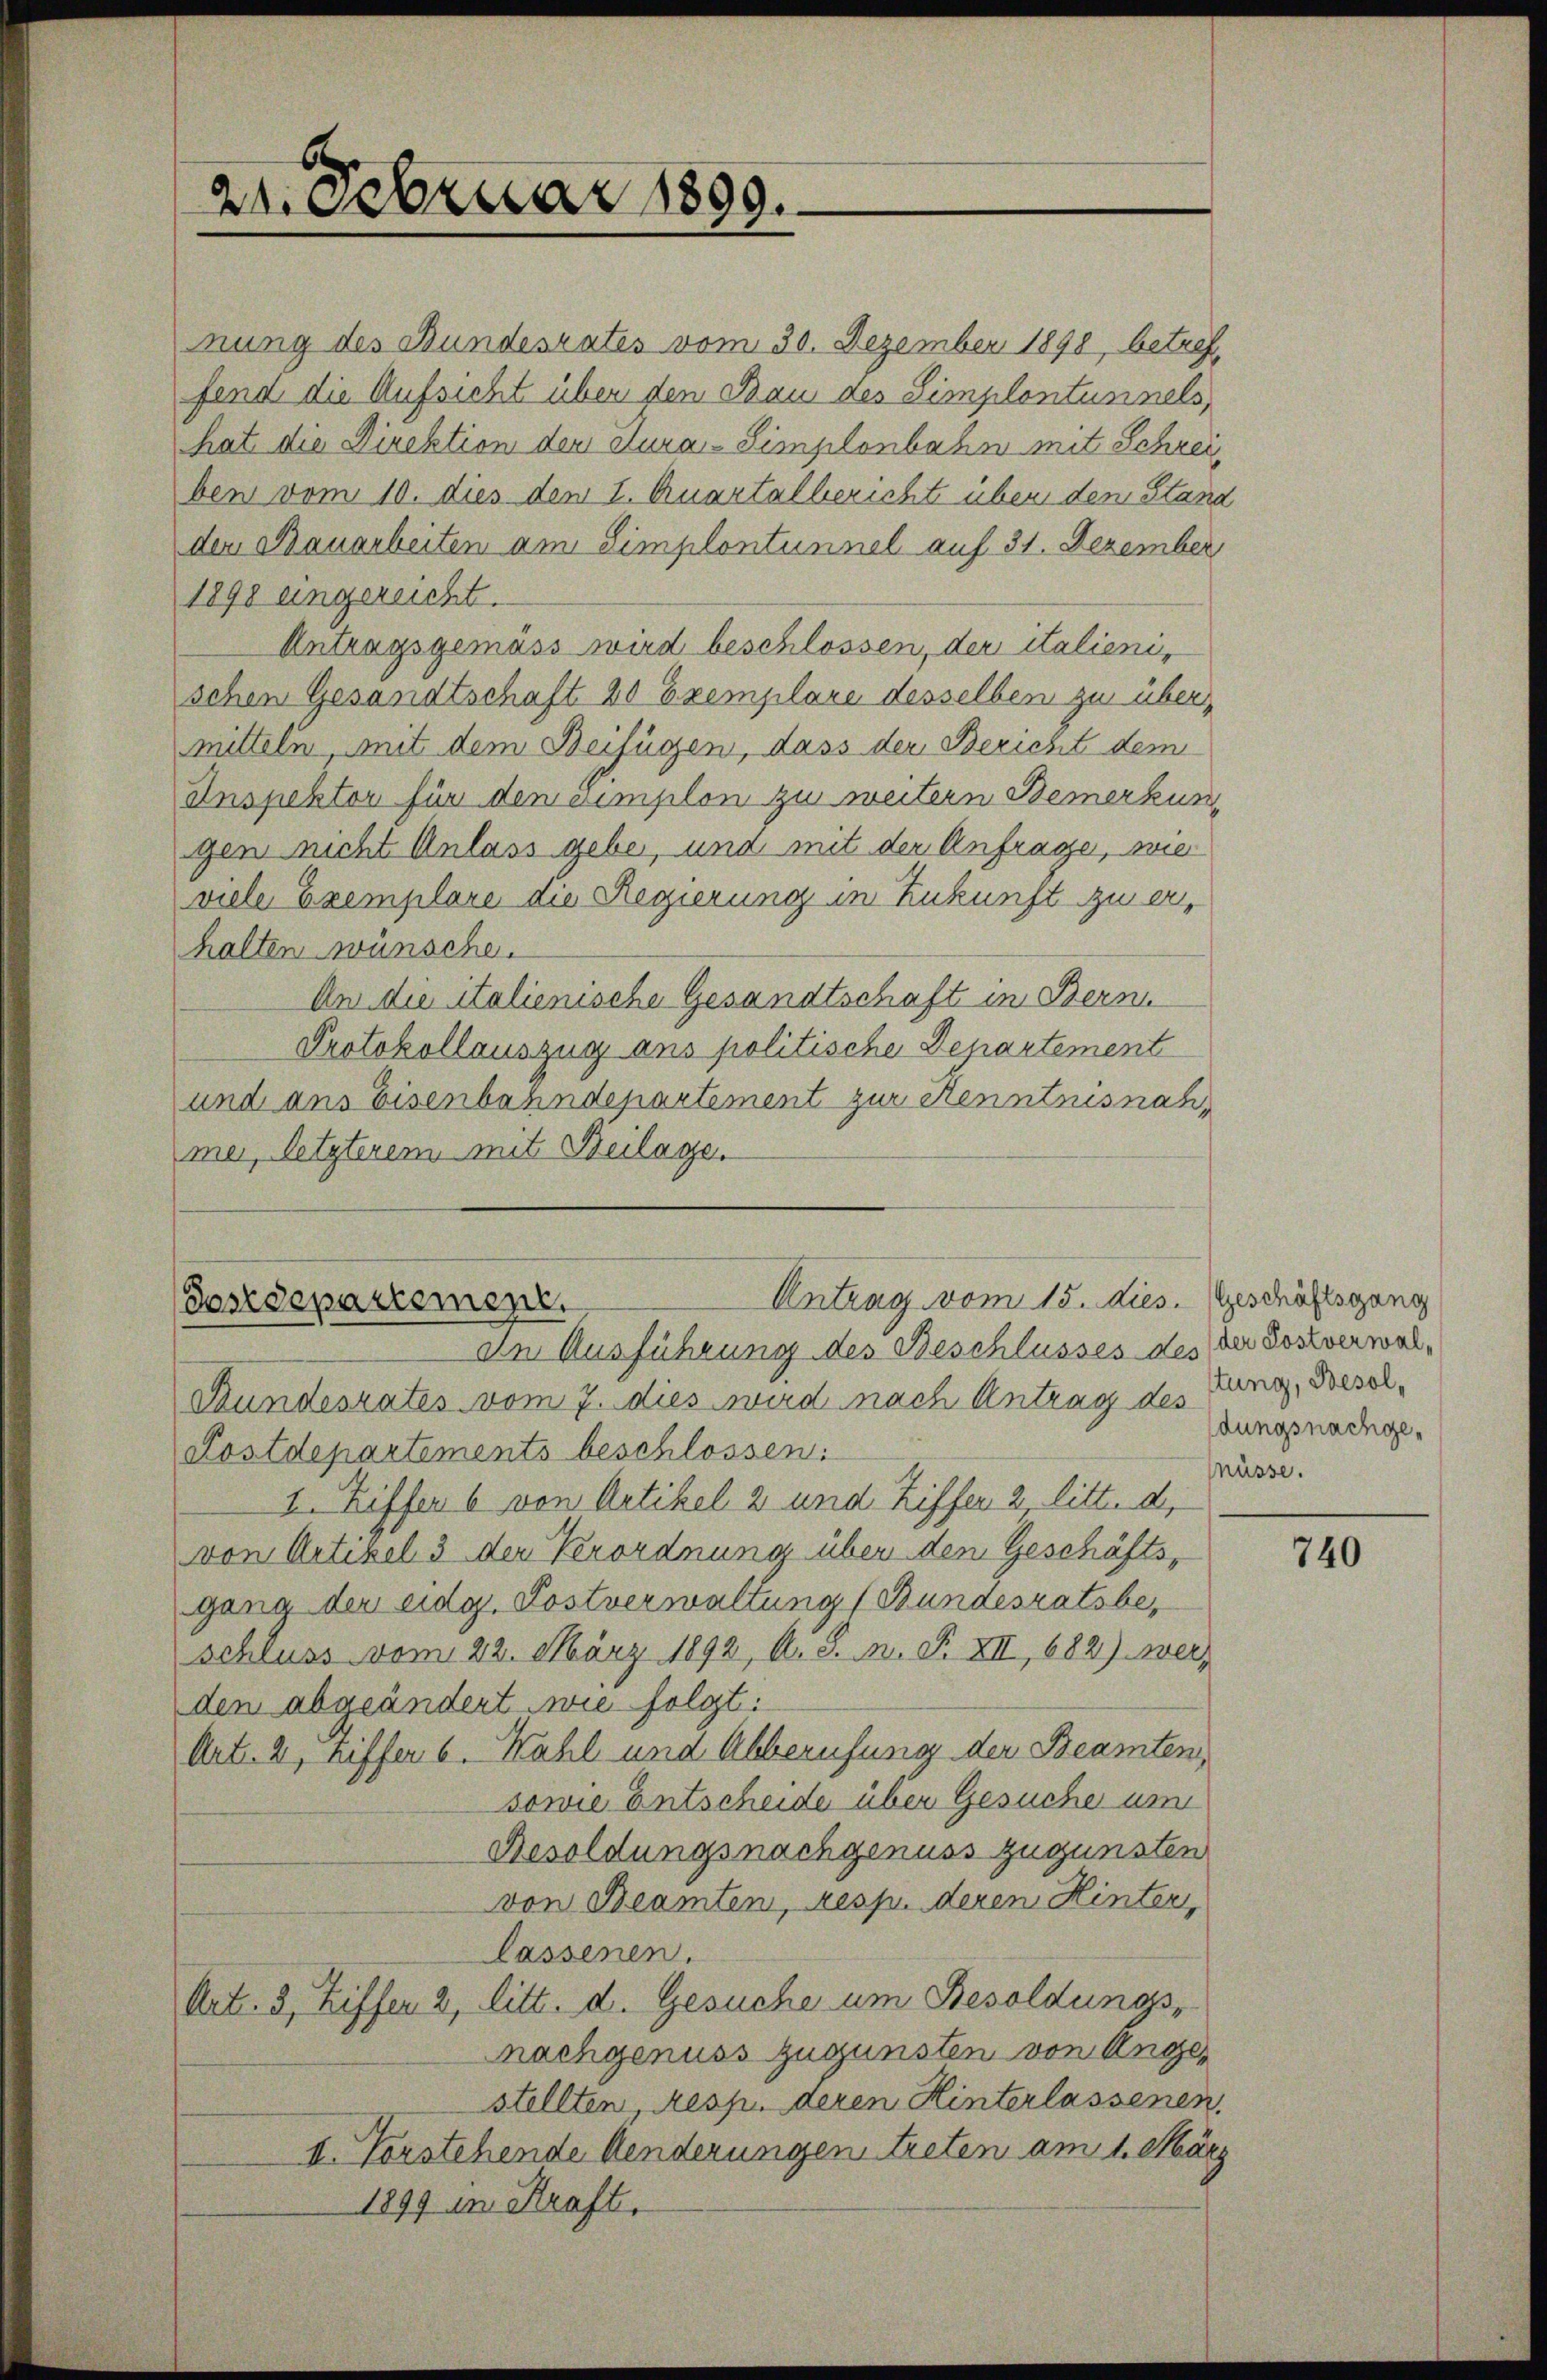
21. Februar 1890.

nung des Bundesrates vom 30. Dezember 1898, betreffend die Aufsicht über den Frau des Simplontunnels,
hat die Direktion der durai-Simplonbahn mit Schreiben vom 10. dies dem 1. Quartalbericht über dem Stand
den Bauarbeiten am Zimplontunnel auf 31. Dezember
1898 angereicht.
Antragsgemäss wird beschlossen, der italienischen Gesandtschaft 20 Exemplare desselben zu übermitteln, mit dem Beifügen, dass den Bericht dem
Inspektor für den simplon zu weitern Bemerkungen nicht Anlass gebe, und mit der Anfrage, wie
viele Exemplare die Regierung in Zukunft zu erhalten wünsche.
An die italienische Gesandtschaft in Berne
Protokollauszug ans politische Departement
und aus Eisenbahndepartement zur Kenntnisnahmer, letzterem mit Beilage.

Antrag vom 15. dies. Geschäftsgang
Postdepartement.

de Ausführung des Beschlusses des der Sostverwal¬
Bundesrates vom 7. dies wird nach Antrag des Tung, Besol¬
Postdepartements beschlossen:
I. Ziffer 6 von Artikel 2 und Ziffer 2, litt. d,
von Artikel 3 der Verordnung über den Geschäftsgang der eidg. Postverwaltung (Bundesratsbeschluss vom 22. März 1892, A. S. N. F. XII, 682) werden abgeändert wie folgt:
Art. 2, hiffer 6. Wahl und Abberufung der Beamten
sowie Entscheide über Gesuche um
Besoldungsnachgenuss zugunsten
von Beamten, resp. deren Hinter,
lassenen.
Art. 3, Ziffer 2, litt. d. Gesuche um Besoldungs-
nachgenuss zugunsten von Angestellten, resp. deren Hinterlassenen
I. Vorstehende Aenderungen treten am 1. März
1899 in Kraft.

dungsnachgenüsse.

740